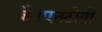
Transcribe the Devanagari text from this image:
है।एनटीवी